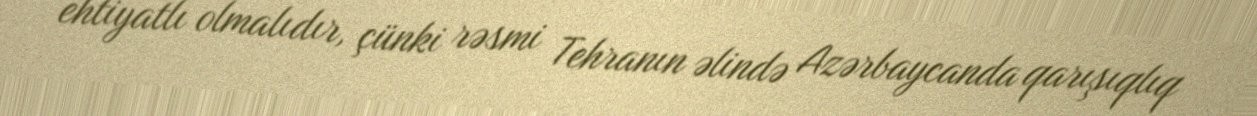
ehtiyatlı olmalıdır, çünki rəsmi Tehranın əlində Azərbaycanda qarışıqlıq